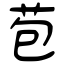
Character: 苞